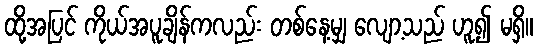
ထို့အပြင် ကိုယ်အပူချိန်ကလည်း တစ်နေ့မျှ လျော့သည် ဟူ၍ မရှိ။